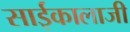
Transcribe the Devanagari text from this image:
साईकालाजी